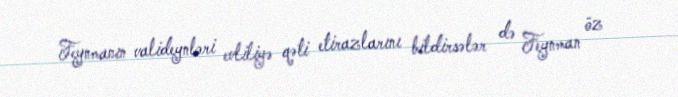
Feynmanın valideynləri evliliyə qəti etirazlarını bildirsələr də Feynman öz